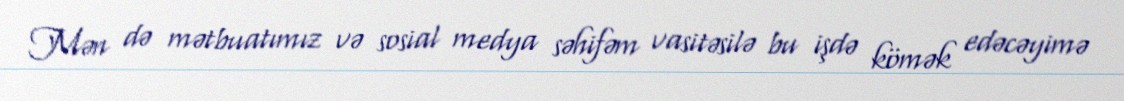
Mən də mətbuatımız və sosial medya səhifəm vasitəsilə bu işdə kömək edəcəyimə